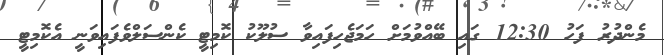
މެންދުރު ފަހު 12:30 ގައި ބޭއްވުމަށް ހަމަޖެހިފައިވާ ސުލޫކު ކޮމިޓީ ކެންސަލްވެފައިވަނީ އެކޮމިޓީ